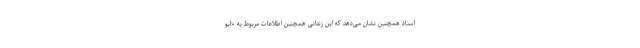
اسناد همچنین نشان می‌دهد که این زندانی همچنین اطلاعات مربوط به «ابو